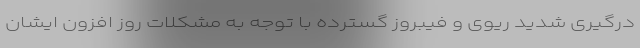
درگیری شدید ریوی و فیبروز گسترده با توجه به مشکلات روز افزون ایشان